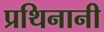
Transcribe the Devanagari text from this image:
प्रथिनानी